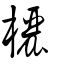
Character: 欐